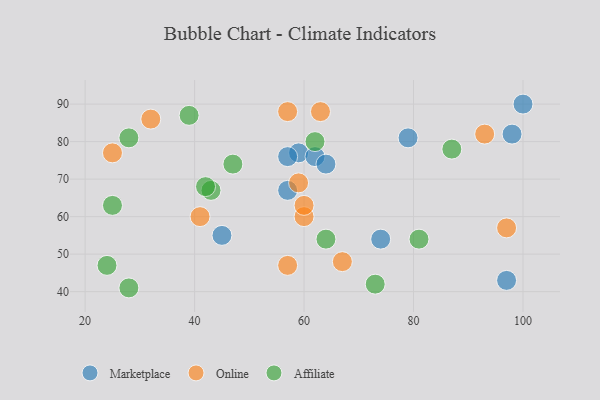
{"axis": {"x": "GDP", "y": "Life Expectancy"}, "legend": ["Affiliate", "Marketplace", "Online"], "data": [{"x": "74", "y": 54, "type": "Marketplace"}, {"x": "59", "y": 77, "type": "Marketplace"}, {"x": "79", "y": 81, "type": "Marketplace"}, {"x": "45", "y": 55, "type": "Marketplace"}, {"x": "62", "y": 76, "type": "Marketplace"}, {"x": "100", "y": 90, "type": "Marketplace"}, {"x": "64", "y": 74, "type": "Marketplace"}, {"x": "97", "y": 43, "type": "Marketplace"}, {"x": "57", "y": 67, "type": "Marketplace"}, {"x": "57", "y": 76, "type": "Marketplace"}, {"x": "98", "y": 82, "type": "Marketplace"}, {"x": "59", "y": 69, "type": "Online"}, {"x": "97", "y": 57, "type": "Online"}, {"x": "32", "y": 86, "type": "Online"}, {"x": "93", "y": 82, "type": "Online"}, {"x": "25", "y": 77, "type": "Online"}, {"x": "57", "y": 88, "type": "Online"}, {"x": "60", "y": 60, "type": "Online"}, {"x": "41", "y": 60, "type": "Online"}, {"x": "60", "y": 63, "type": "Online"}, {"x": "67", "y": 48, "type": "Online"}, {"x": "63", "y": 88, "type": "Online"}, {"x": "57", "y": 47, "type": "Online"}, {"x": "39", "y": 87, "type": "Affiliate"}, {"x": "24", "y": 47, "type": "Affiliate"}, {"x": "81", "y": 54, "type": "Affiliate"}, {"x": "28", "y": 41, "type": "Affiliate"}, {"x": "73", "y": 42, "type": "Affiliate"}, {"x": "62", "y": 80, "type": "Affiliate"}, {"x": "25", "y": 63, "type": "Affiliate"}, {"x": "87", "y": 78, "type": "Affiliate"}, {"x": "43", "y": 67, "type": "Affiliate"}, {"x": "47", "y": 74, "type": "Affiliate"}, {"x": "42", "y": 68, "type": "Affiliate"}, {"x": "28", "y": 81, "type": "Affiliate"}, {"x": "64", "y": 54, "type": "Affiliate"}]}